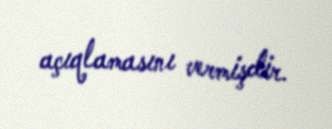
açıqlamasını vermişdir.